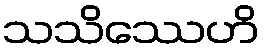
သသိဿေဟိ